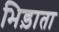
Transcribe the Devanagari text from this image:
भिड़ाता